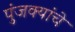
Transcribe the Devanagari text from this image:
पुंजक्यांचे